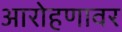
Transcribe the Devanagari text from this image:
आरोहणावर